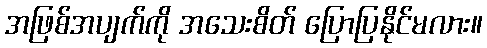
အဖြစ်အပျက်ကို အသေးစိတ် ပြောပြနိုင်မလား။